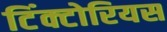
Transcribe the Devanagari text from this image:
टिंक्टोरियस